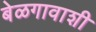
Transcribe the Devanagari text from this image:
बेळगावाशी